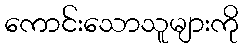
ကောင်းသောသူများကို